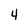
Character: 4